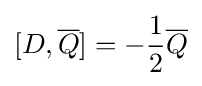
[D,{\overline {Q}}]=-{\frac {1}{2}}{\overline {Q}}